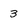
Character: 3